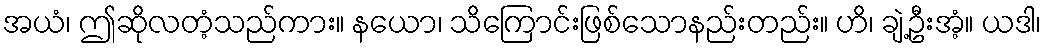
အယံ၊ ဤဆိုလတံ့သည်ကား။ နယော၊ သိကြောင်းဖြစ်သောနည်းတည်း။ ဟိ၊ ချဲ့ဦးအံ့။ ယဒါ၊